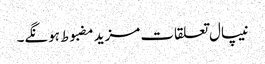
نیپال تعلقات مزید مضبوط ہونگے۔